Burma Government Medical School reports 1907-22
Year: 1907
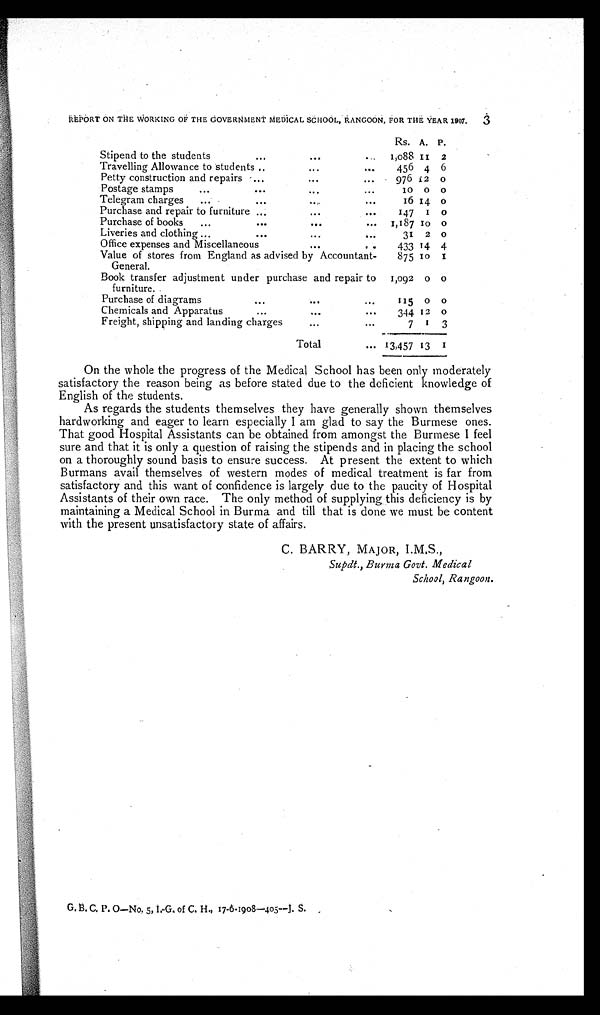
Rs. A. P.
Stipend to the students
...
...
...
1,088
1 1 2
Travelling Allowance to students ..
...
...
456 4 6
Petty construction and repairs ...
...
...
976 12 0
Postage stamps
...
...
...
...
10 0 0
Telegram charges
...
...
...
...
16 14 0
Purchase and repair to furniture ...
...
...
147
1 0
Purchase of books
...
...
...
...
1,187
1 0 0
Liveries and clothing ...
...
...
...
31 2 0
Office expenses and Miscellaneous
...
. . .
433 14 4
Value of stores from England as advised by Accountant-
General.
875
1 0 1
Book transfer adjustment under purchase and repair to
furniture.
1,092 0 0
Purchase of diagrams
... ...
...
1 1 5
0 0
Chemicals and Apparatus
...
...
...
344 12 0
Freight, shipping and landing charges
...
...
7 1 3
Total
... 13,457 13 1
On the whole the progress of the Medical School has been only moderately
satisfactory the reason being as before stated due to the deficient knowledge of
English of the students.
As regards the students themselves they have generally shown themselves
hardworking and eager to learn especially I am glad to say the Burmese ones.
That good Hospital Assistants can be obtained from amongst the Burmese I feel
sure and that it is only a question of raising the stipends and in placing the school
on a thoroughly sound basis to ensure success. At present the extent to which
Burmans avail themselves of western modes of medical treatment is far from
satisfactory and this want of confidence is largely due to the paucity of Hospital
Assistants of their own race. The only method of supplying this deficiency is by
maintaining a Medical School in Burma and till that is done we must be content
with the present unsatisfactory state of affairs.
C. BARRY, MAJOR, I.M,S.,
Supdt., Burma Govt. Medical
School, Rangoon.
G. B. C. P. O—No. 5, I.G. of C. H., 17-6-1908—405—J. S.